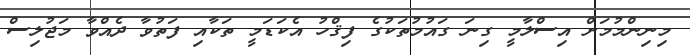
މިނިންމުމަށް އިސްލާމީ ގިނަ ގައުމުތަކުގެ ފިޤްހު އެކަޑަމީ ތަކާއި ފަތުވާ ދެއްވާ މަޖުލިސް